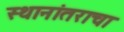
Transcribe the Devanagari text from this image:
स्थानांतराचा